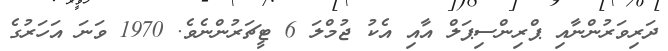
ދަރިވަރުންނާއި ޕްރިންސިޕަލް އާއި އެކު ޖުމްލަ 6 ޓީޗަރުންނެވެ. 1970 ވަނަ އަހަރުގެ